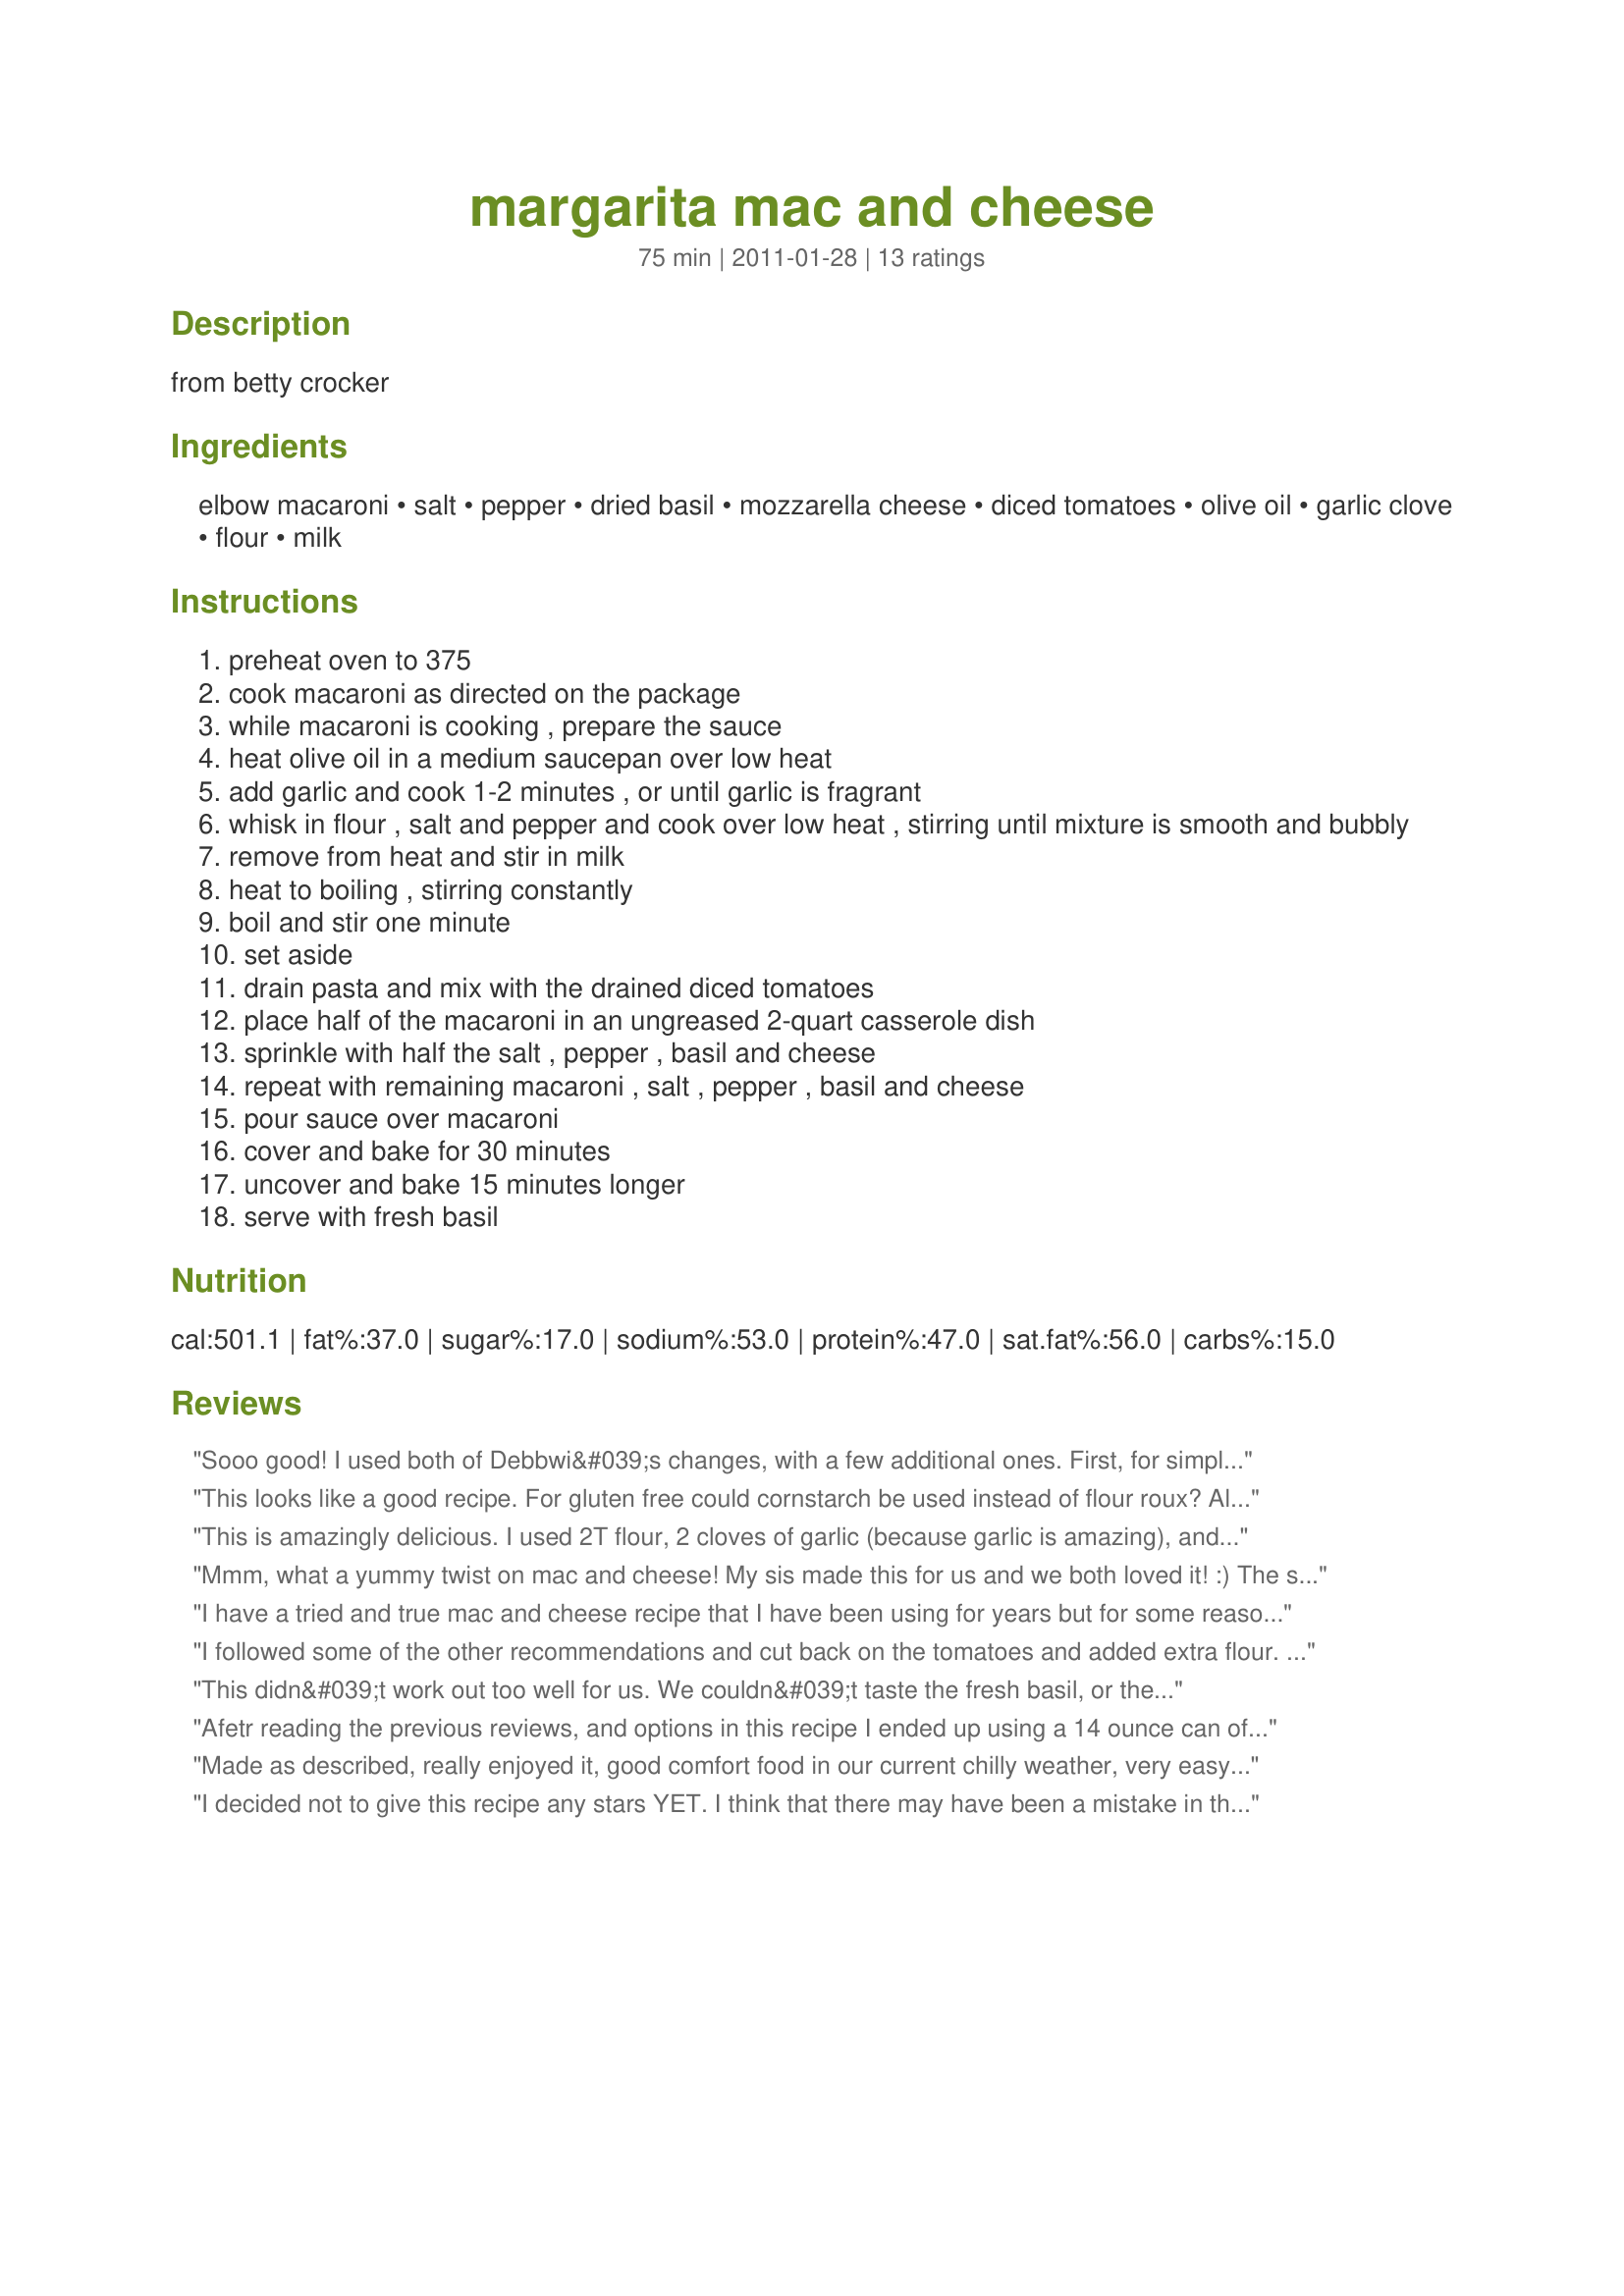
margarita mac and cheese
Preparation time: 75 minutes

from betty crocker

Ingredients:
elbow macaroni, salt, pepper, dried basil, mozzarella cheese, diced tomatoes, olive oil, garlic clove, flour, milk

Steps:
preheat oven to 375
cook macaroni as directed on the package
while macaroni is cooking , prepare the sauce
heat olive oil in a medium saucepan over low heat
add garlic and cook 1-2 minutes , or until garlic is fragrant
whisk in flour , salt and pepper and cook over low heat , stirring until mixture is smooth and bubbly
remove from heat and stir in milk
heat to boiling , stirring constantly
boil and stir one minute
set aside
drain pasta and mix with the drained diced tomatoes
place half of the macaroni in an ungreased 2-quart casserole dish
sprinkle with half the salt , pepper , basil and cheese
repeat with remaining macaroni , salt , pepper , basil and cheese
pour sauce over macaroni
cover and bake for 30 minutes
uncover and bake 15 minutes longer
serve with fresh basil

Reviews:
Sooo good! I used both of Debbwi&#039;s changes, with a few additional ones. First, for simplicity&#039;s sake (and in an attempt to make this slightly less fat-dense per serving), I used a half pound of elbows. (about a cup and three quarters--the amount I always use when making traditional mac and cheese). I also used fresh mozz, which I feel is far superior to the shredded stuff in a bag.&lt;br/&gt;&lt;br/&gt;In addition, I added a very generous grating of freshly ground nutmeg to the top--so good with the creamy sauce. I also reduced the milk to 1 2/3 cups, but I think I would use the full two cups next time. I reduced the salt by half. And finally, I used dried basil because I had all the other ingredients on hand and didn&#039;t want to wait to get to the store for the fresh stuff. Next time, I&#039;ll definitely use fresh--nothing like it.&lt;br/&gt;&lt;br/&gt;I added a small sweet onion, chopped, when I sauteed the garlic, which I tripled. (you can never have too much garlic, IMHO, but that&#039;s a personal preference.)&lt;br/&gt;&lt;br/&gt;There are so many possibilities for varying this in the future... I think it would be great with some sauteed mushrooms, spinach, bell pepper--whatever vegetable I have on hand at the time. Thank you!
This looks like a good recipe. For gluten free could cornstarch be used instead of flour roux? Also use quinoa pasta.
This is amazingly delicious. I used 2T flour, 2 cloves of garlic (because garlic is amazing), and a 6 Italian Cheese blend instead of just mozzarella. I also added a sprinkling of rosemary and crushed red pepper to each layer. Oh, and half and half instead of milk because that&#039;s what we had in the fridge. I&#039;m pretty sure that upped our calorie count a bit, but it was totally worth it. Thanks!!
Mmm, what a yummy twist on mac and cheese! My sis made this for us and we both loved it! :) The sauce is great and goes well with the pasta and cheese. I used fresh chopped tomatoes, added some chilli powder and a dash of rosemary, but other than that stuck to your recipe.<br/>THANK YOU SO MUCH for sharing a real winner with us, Boomie!<br/>Made and reviewed for the Aussie/NZ Recipe Swap #56 September 2011.
I have a tried and true mac and cheese recipe that I have been using for years but for some reason I decided to give this recipe with a &quot;twist&quot; a try. The only change that I made to this recipe was using 2/3 of a 28oz can of drained, diced tomatoes. It was deliciously flavorful and a hit with my family! I will be making this again; thank you for sharing this great recipe!
I followed some of the other recommendations and cut back on the tomatoes and added extra flour. I would like to try it again and play around again with some of the ingredients. I think this could be very tasty but I didn't like the consistency with my changes. I will definitely try again. Thanks for a good recipe!
This didn&#039;t work out too well for us. We couldn&#039;t taste the fresh basil, or the tomatoes, but the consistency was good. Just wasn&#039;t the recipe for us. Thanks for posting.
Afetr reading the previous reviews, and options in this recipe I ended up using a 14 ounce can of tomatoes 1/2 teaspoon salt, and used an extra 1/8 teaspoon of basil for each of us. I used the sauce, and made without any changes. The sauce was extremely flavorful. Served as a side with some flank steaks, that completed a A dinner. Made for Holiday Tag.
Made as described, really enjoyed it, good comfort food in our current chilly weather, very easy, was just for two of us so we had plenty left for DHs lunch next day! Thank you Boomette, good recipe, made for I Recommend tag game
I decided not to give this recipe any stars YET. I think that there may have been a mistake in the amounts for the ingredients listed, and I don't mean the tomatoes. I made this as directed but as soon as I poured the sauce on top, everything was floating. :( The amount of milk seemed like way too much. We didn't really enjoy it because the macaroni was mushy and we had to use a slotted spoon to scoop out the macaroni and tomatoes. If there are adjustments made, I will happily try it again Boomette! Your recipes are usually fabulous! :)
I had made this recipe about a month ago, also taking into account other reviews and using 14 oz can tomatoes. I used dried herbs for baking and fresh for topping. Also used 2 T of flour. This is sooooooooooo delicious. The kids loved it. Making it again tomorrow, doubling the recipe!
Wonderful!! Frist let me say that I try very hard to stay true to how a recipe is posted but this one looked way off and after reading Nif's review decided to go with my own instincts and am very glad I did. Did not make as written as, first off I used 8 ounces penne pasta as that is all I had on hand. Second I increased the garlic to 2 cloves as a matter of personal taste. Third I only used a 14 ounce can of diced tomatoes, knowing that a 28 ounce can called for was way too much for 6-7 ounces of pasta called for in the recipe. Fourth I used 2 good size tablespoons of flour instead of the 1 tablespoon called for and whisked over medium heat just till it started to simmer and get just the very very slights of thickness to it. On the cheese only used the 2 cup amount as again that is all I had at the time. Boomette sorry I made so many changes to your recipe, but we did love it and will be making the exact same way again. Thanks for the post.
This was a nice mac & cheese. I made the recommended changes (2T flour & 14oz tomatoes). I also used 2 cloves of garlic (personal preference); added sliced turkey breast to the pasta & tomatoes; used 2c mozzarella & 2c cheddar (what I had on hand); and, instead of discarding the canned tomato liquid, I added it to the sauce. After the casserole cooked, I let it set for 10-15 minutes before serving and it thickened up to a delicious creamy pasta. My husband said it tasted like something he would get in a restaurant and my boys ate everything they were given without complaint or comment on the diced tomatoes (unusual for them!). This was very good and I can imagine using it again with all kinds of possible add-ins (Italian sausage, ham, shrimp...).<br/><br/>This dish was very good with salad, bread, and a chilled Chardonnay.
